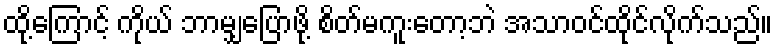
ထို့ကြောင့် ကိုယ် ဘာမျှပြောဖို့ စိတ်မကူးတော့ဘဲ အသာဝင်ထိုင်လိုက်သည်။